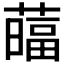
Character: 䕎